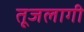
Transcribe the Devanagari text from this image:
तूजलागी